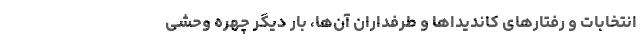
انتخابات و رفتارهای کاندیداها و طرفداران آن‌ها، بار دیگر چهره وحشی